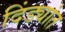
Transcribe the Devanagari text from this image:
दिंड्यांत